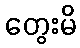
တွေးမိ